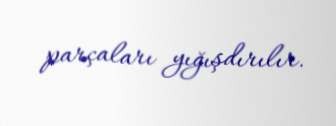
parçaları yığışdırılır.